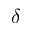
\delta